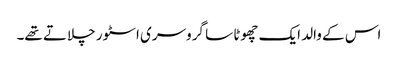
اس کے والد ایک چھوٹا سا گروسری اسٹور چلاتے تھے۔